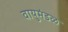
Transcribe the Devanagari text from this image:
वायुमंडळ